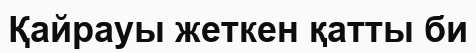
Қайрауы жеткен қатты би